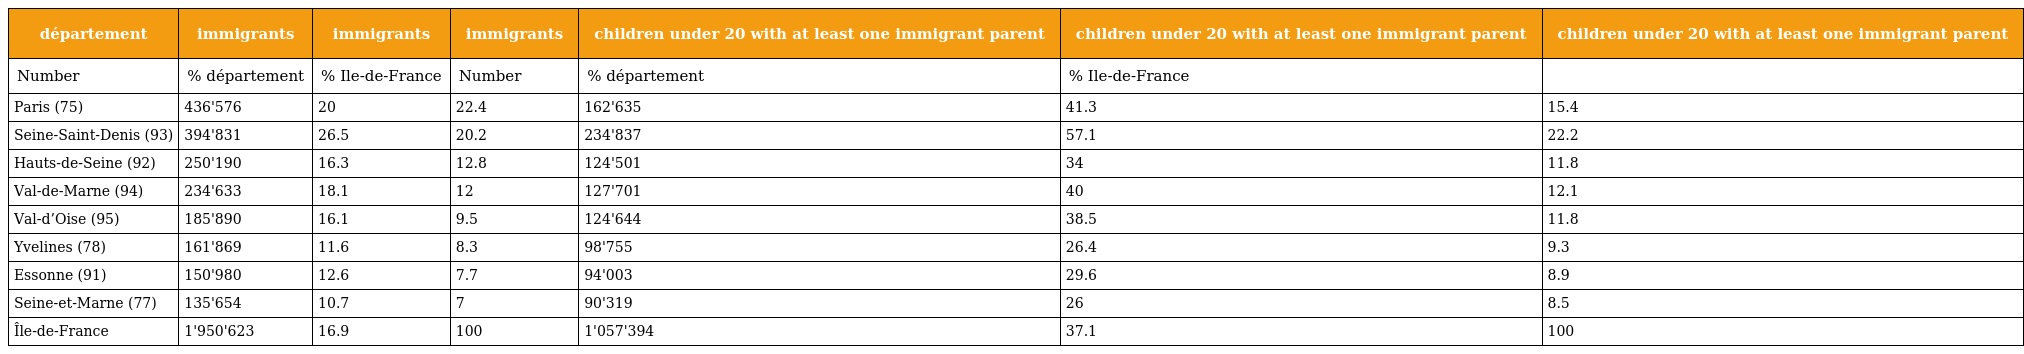
| département | immigrants | immigrants | immigrants | children under 20 with at least one immigrant parent | children under 20 with at least one immigrant parent | children under 20 with at least one immigrant parent |
 | --- | --- | --- | --- | --- | --- | --- |
 | Number | % département | % Ile-de-France | Number | % département | % Ile-de-France |  |
 | Paris (75) | 436'576 | 20 | 22.4 | 162'635 | 41.3 | 15.4 |
 | Seine-Saint-Denis (93) | 394'831 | 26.5 | 20.2 | 234'837 | 57.1 | 22.2 |
 | Hauts-de-Seine (92) | 250'190 | 16.3 | 12.8 | 124'501 | 34 | 11.8 |
 | Val-de-Marne (94) | 234'633 | 18.1 | 12 | 127'701 | 40 | 12.1 |
 | Val-d’Oise (95) | 185'890 | 16.1 | 9.5 | 124'644 | 38.5 | 11.8 |
 | Yvelines (78) | 161'869 | 11.6 | 8.3 | 98'755 | 26.4 | 9.3 |
 | Essonne (91) | 150'980 | 12.6 | 7.7 | 94'003 | 29.6 | 8.9 |
 | Seine-et-Marne (77) | 135'654 | 10.7 | 7 | 90'319 | 26 | 8.5 |
 | Île-de-France | 1'950'623 | 16.9 | 100 | 1'057'394 | 37.1 | 100 |